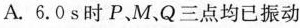
A.6.0s时P、M、Q三点均已振动